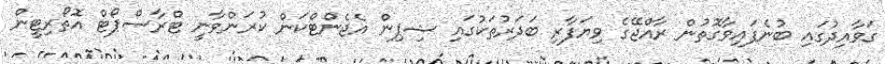
ގަވާއިދުގައި ބުނެފައިވާގޮތުން ރާއްޖޭގެ ވިޔަފާރި ބަދަރުތަކުގައި ޝިޕިން އެޖެންޓްކަން ކުރަންވާނީ ޓްރާސްޕޯޓް އޮތޯރިޓީން